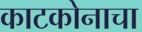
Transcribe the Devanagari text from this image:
काटकोनाचा